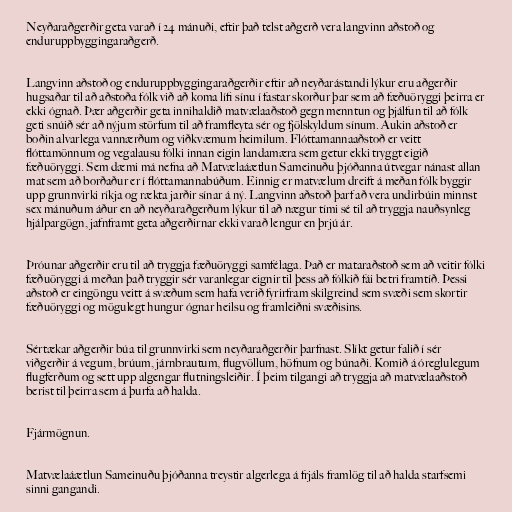
Neyðaraðgerðir geta varað í 24 mánuði, eftir það telst aðgerð vera langvinn aðstoð og
enduruppbyggingaraðgerð.

Langvinn aðstoð og enduruppbyggingaraðgerðir eftir að neyðarástandi lýkur eru aðgerðir
hugsaðar til að aðstoða fólk við að koma lífi sínu í fastar skorður þar sem að fæðuöryggi þeirra er
ekki ógnað. Þær aðgerðir geta innihaldið matvælaaðstoð gegn menntun og þjálfun til að fólk
geti snúið sér að nýjum störfum til að framfleyta sér og fjölskyldum sínum. Aukin aðstoð er
boðin alvarlega vannærðum og viðkvæmum heimilum. Flóttamannaaðstoð er veitt
flóttamönnum og vegalausu fólki innan eigin landamæra sem getur ekki tryggt eigið
fæðuöryggi. Sem dæmi má nefna að Matvælaáætlun Sameinuðu þjóðanna útvegar nánast allan
mat sem að borðaður er í flóttamannabúðum. Einnig er matvælum dreift á meðan fólk byggir
upp grunnvirki ríkja og rækta jarðir sínar á ný. Langvinn aðstoð þarf að vera undirbúin minnst
sex mánuðum áður en að neyðaraðgerðum lýkur til að nægur tími sé til að tryggja nauðsynleg
hjálpargögn, jafnframt geta aðgerðirnar ekki varað lengur en þrjú ár.

Þróunar aðgerðir eru til að tryggja fæðuöryggi samfélaga. Það er mataraðstoð sem að veitir fólki
fæðuöryggi á meðan það tryggir sér varanlegar eignir til þess að fólkið fái betri framtíð. Þessi
aðstoð er eingöngu veitt á svæðum sem hafa verið fyrirfram skilgreind sem svæði sem skortir
fæðuöryggi og mögulegt hungur ógnar heilsu og framleiðni svæðisins.

Sértækar aðgerðir búa til grunnvirki sem neyðaraðgerðir þarfnast. Slíkt getur falið í sér
viðgerðir á vegum, brúum, járnbrautum, flugvöllum, höfnum og búnaði. Komið á óreglulegum
flugferðum og sett upp algengar flutningsleiðir. Í þeim tilgangi að tryggja að matvælaaðstoð
berist til þeirra sem á þurfa að halda.

Fjármögnun.

Matvælaáætlun Sameinuðu þjóðanna treystir algerlega á frjáls framlög til að halda starfsemi
sinni gangandi.